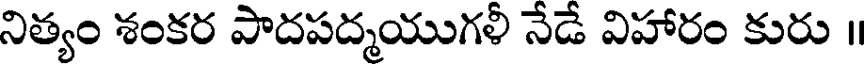
నిత్యం శంకర పాదపద్మయుగళీ నేడే విహారం కురు